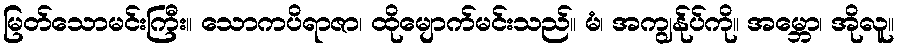
မြတ်သောမင်းကြီး။ သောကပိရာဇာ၊ ထိုမျောက်မင်းသည်။ မံ၊ အကျွန်ုပ်ကို။ အမ္ဘော၊ အိုလူ။